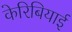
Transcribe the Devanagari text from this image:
केरिबियाई